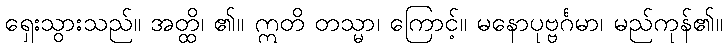
ရှေးသွားသည်။ အတ္ထိ၊ ၏။ ဣတိ တသ္မာ၊ ကြောင့်။ မနောပုဗ္ဗင်္ဂမာ၊ မည်ကုန်၏။